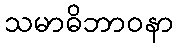
သမာဓိဘာဝနာ